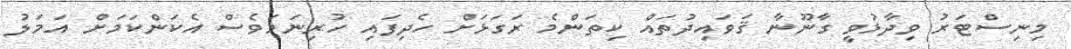
މިނިސްޓަރު ވިދާޅުވީ ގާނޫނާ ޤަވައިދުތައް ކިތަންމެ ރަގަޅަށް ހެދިފައި ހުރިނަމަވެސް އެކަންކަމަށް އަމަލު